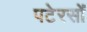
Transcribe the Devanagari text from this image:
पटेरसों